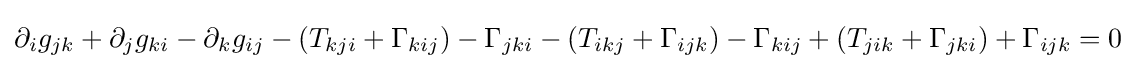
\partial _{i}g_{jk}+\partial _{j}g_{ki}-\partial _{k}g_{ij}-(T_{kji}+\Gamma _{kij})-\Gamma _{jki}-(T_{ikj}+\Gamma _{ijk})-\Gamma _{kij}+(T_{jik}+\Gamma _{jki})+\Gamma _{ijk}=0